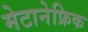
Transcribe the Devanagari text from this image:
मेटानेफ्रिक